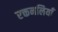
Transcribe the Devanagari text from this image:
रक्तनलियाँ